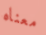
معناه